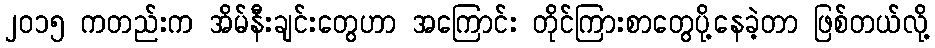
၂၀၁၅ ကတည်းက အိမ်နီးချင်းတွေဟာ အကြောင်း တိုင်ကြားစာတွေပို့နေခဲ့တာ ဖြစ်တယ်လို့